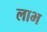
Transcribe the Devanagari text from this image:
लाभ्‍ा